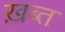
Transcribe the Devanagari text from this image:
ख़ब्त